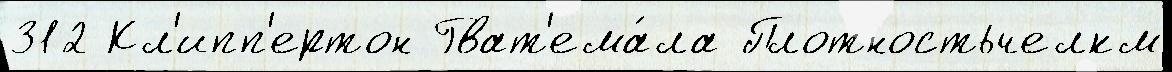
312 Кл'ипп'ертон Гват'ема́ла Плотностьчелкм